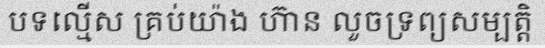
បទល្មើស គ្រប់យ៉ាង ហ៊ាន លួចទ្រព្យសម្បត្តិ